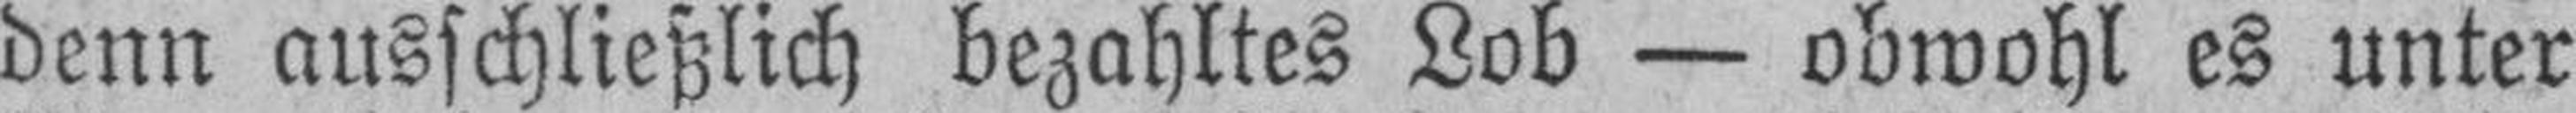
denn ausschließlich bezahltes Lob — obwohl es unter